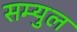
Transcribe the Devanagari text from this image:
सम्युल